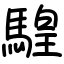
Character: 騜